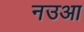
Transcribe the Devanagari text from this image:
नउआ